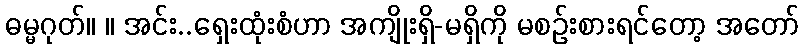
ဓမ္မဂုတ်။ ။ အင်း..ရှေးထုံးစံဟာ အကျိုးရှိ-မရှိကို မစဉ်းစားရင်တော့ အတော်